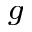
^ g